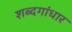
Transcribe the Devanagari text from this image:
शब्दगांधार